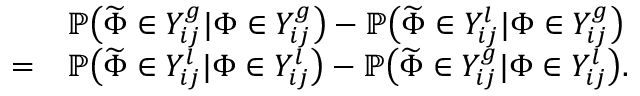
\begin{array} { r l } & { \mathbb { P } \big ( \widetilde { \Phi } \in Y _ { i j } ^ { g } | \Phi \in Y _ { i j } ^ { g } \big ) - \mathbb { P } \big ( \widetilde { \Phi } \in Y _ { i j } ^ { l } | \Phi \in Y _ { i j } ^ { g } \big ) } \\ { = } & { \mathbb { P } \big ( \widetilde { \Phi } \in Y _ { i j } ^ { l } | \Phi \in Y _ { i j } ^ { l } \big ) - \mathbb { P } \big ( \widetilde { \Phi } \in Y _ { i j } ^ { g } | \Phi \in Y _ { i j } ^ { l } \big ) . } \end{array}